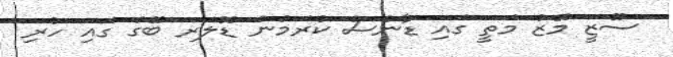
ސޫޒީ މޭޒު މަތީ ގައި ޑާންސް ކުރަމުން ޑޮލަރ ބޭގް ގައި ހުރި